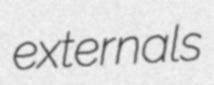
externals